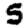
Digit: 5